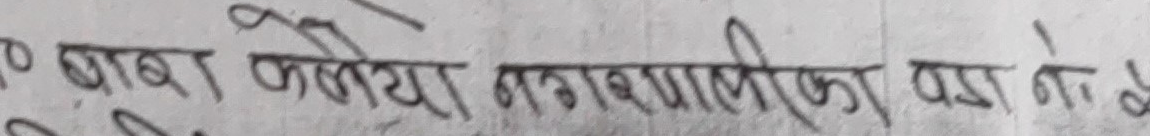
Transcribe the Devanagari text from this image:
बाबा कलेजिया नगरपालिका वडा नं. के